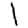
Digit: 1